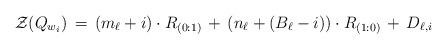
LaTeX: \begin{align*} \mathcal{Z}(Q_{w_i}) \, = \, (m_\ell + i) \cdot R_{(0:1)} \, + \, (n_\ell + (B_\ell - i)) \cdot R_{(1:0)} \, + \, D_{\ell,i}\end{align*}